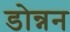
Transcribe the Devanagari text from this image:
डोन्नन